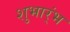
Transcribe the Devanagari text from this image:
शुभार्ंभ